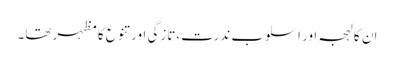
ان کا لہجہ اور اسلوب ندرت،تازگی اور تنوع کا مظہر تھا۔